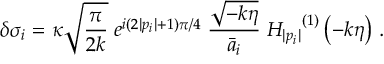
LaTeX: \delta \sigma _ { i } = \kappa \sqrt { \frac { \pi } { 2 k } } \; e ^ { i ( 2 | p _ { i } | + 1 ) \pi / 4 } \; \frac { \sqrt { - k \eta } } { \bar { a } _ { i } } \; { H _ { | p _ { i } | } } ^ { ( 1 ) } \left( - k \eta \right) \, .